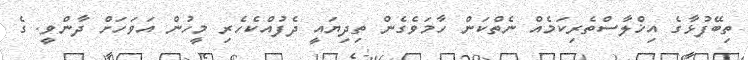
ތިބޭފުޅާގެ އިޚްލާސްތެރިކަމެއް ނެތްކަން ހާމަވެގެން ތިދިޔައީ ދެފުއްކެހެރި މީހުން އަވަހަށް ދާންވީ. ގެ